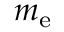
m _ { \mathrm { e } }